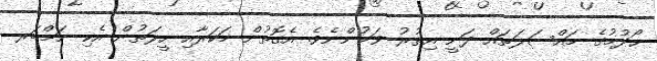
ހޯދުމުގެ މައްސަލަތައް ދަނީ އިތުރު ވަމުންނެވެ. އެގޮތުން މަކަރާއި ހީލަތުން އެކި ނަމްބަރ